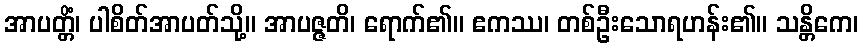
အာပတ္တိံ၊ ပါစိတ်အာပတ်သို့။ အာပဇ္ဇတိ၊ ရောက်၏။ ဧကဿ၊ တစ်ဦးသောရဟန်း၏။ သန္တိကေ၊